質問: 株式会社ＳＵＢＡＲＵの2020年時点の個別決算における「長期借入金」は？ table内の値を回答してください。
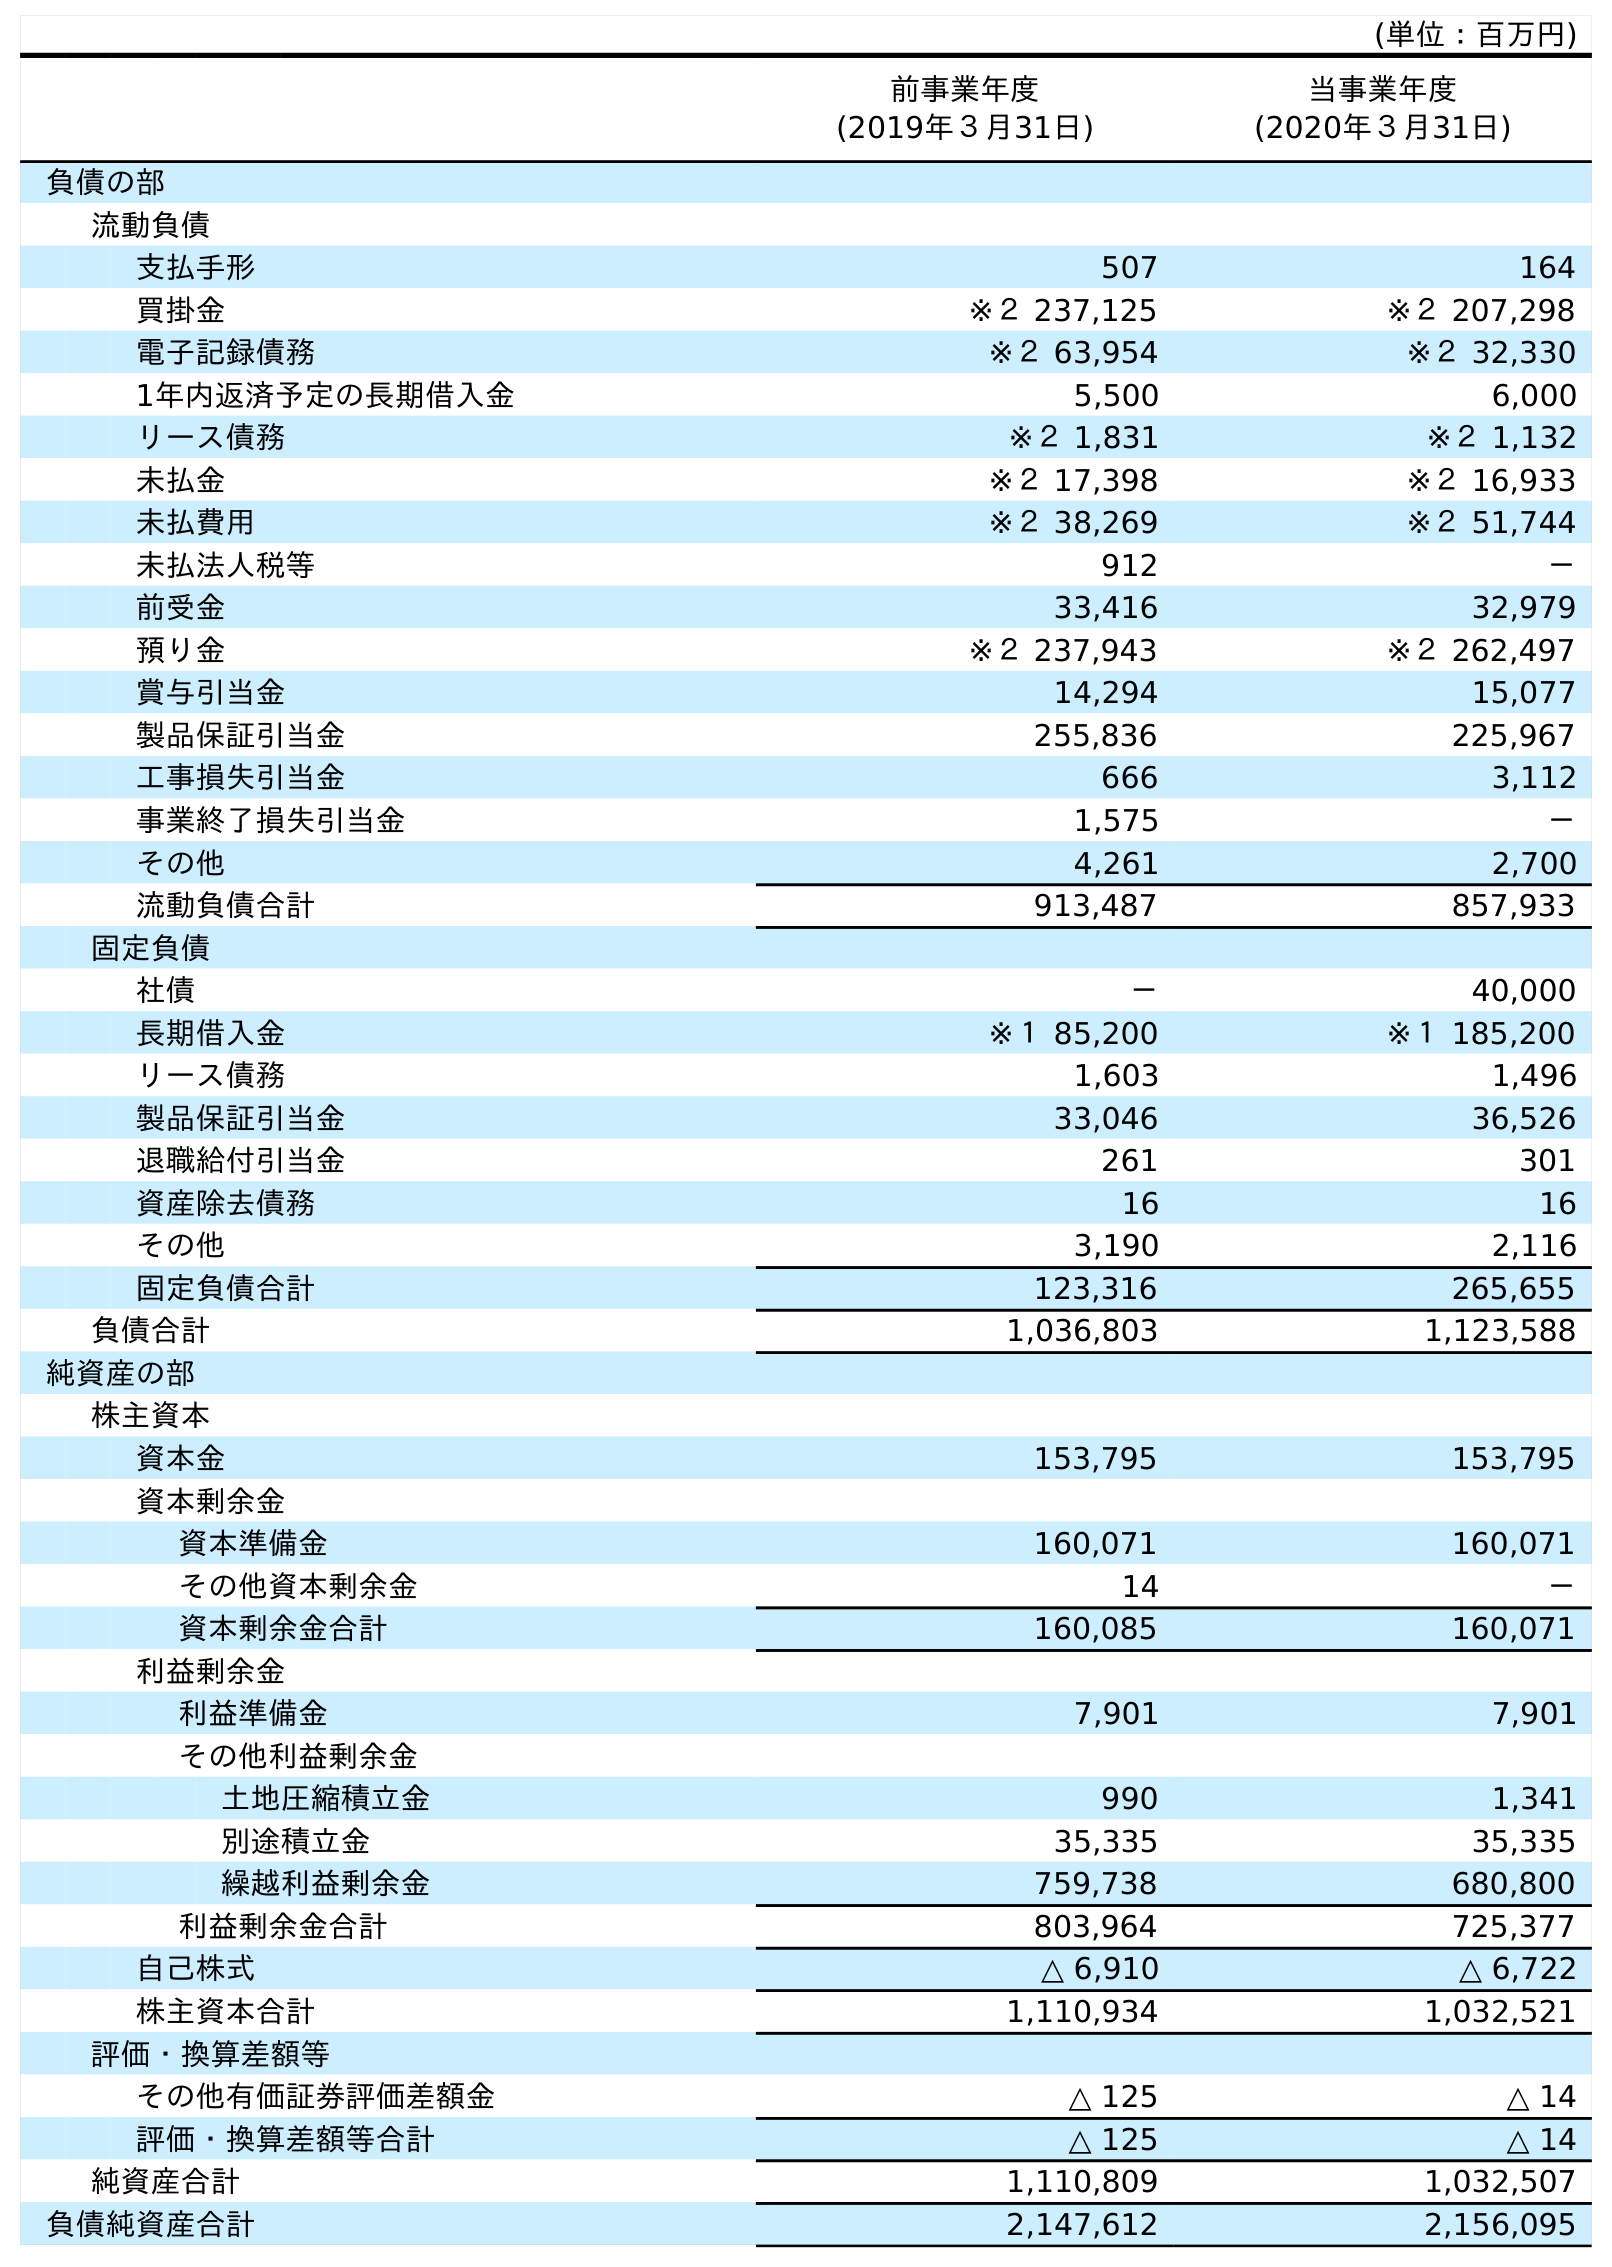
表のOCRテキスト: (単位：百万円) 前事業年度 (2019年３月31日) 当事業年度 (2020年３月31日) 負債の部 流動負債 支払手形 507 164 買掛金 ※２ 237,125 ※２ 207,298 電子記録債務 ※２ 63,954 ※２ 32,330 1年内返済予定の長期借入金 5,500 6,000 リース債務 ※２ 1,831 ※２ 1,132 未払金 ※２ 17,398 ※２ 16,933 未払費用 ※２ 38,269 ※２ 51,744 未払法人税等 912 － 前受金 33,416 32,979 預り金 ※２ 237,943 ※２ 262,497 賞与引当金 14,294 15,077 製品保証引当金 255,836 225,967 工事損失引当金 666 3,112 事業終了損失引当金 1,575 － その他 4,261 2,700 流動負債合計 913,487 857,933 固定負債 社債 － 40,000 長期借入金 ※１ 85,200 ※１ 185,200 リース債務 1,603 1,496 製品保証引当金 33,046 36,526 退職給付引当金 261 301 資産除去債務 16 16 その他 3,190 2,116 固定負債合計 123,316 265,655 負債合計 1,036,803 1,123,588 純資産の部 株主資本 資本金 153,795 153,795 資本剰余金 資本準備金 160,071 160,071 その他資本剰余金 14 － 資本剰余金合計 160,085 160,071 利益剰余金 利益準備金 7,901 7,901 その他利益剰余金 土地圧縮積立金 990 1,341 別途積立金 35,335 35,335 繰越利益剰余金 759,738 680,800 利益剰余金合計 803,964 725,377 自己株式 △ 6,910 △ 6,722 株主資本合計 1,110,934 1,032,521 評価・換算差額等 その他有価証券評価差額金 △ 125 △ 14 評価・換算差額等合計 △ 125 △ 14 純資産合計 1,110,809 1,032,507 負債純資産合計 2,147,612 2,156,095
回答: ※１185,200